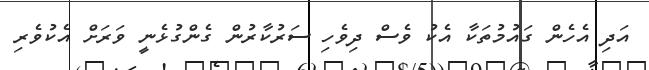
އަދި އެހެން ގައުމުތަކާ އެކު ވެސް ދިވެހި ސަރުކާރުން ގެންގުޅެނީ ވަރަށް އެކުވެރި